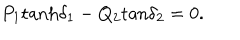
P _ { 1 } \mathrm { t a n h } \delta _ { 1 } - Q _ { 2 } \mathrm { t a n } \delta _ { 2 } = 0 .